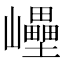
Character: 㠥